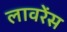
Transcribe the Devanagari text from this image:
लावरेंस